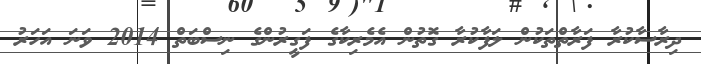
ދިރާސާކުރާ ފަރާތްތަކުން ލަފާކުރާ ގޮތުން އެމެރިކާގެ ފަގީރުންގެ ނިސްބަތް 2014 ވަނަ އަހަރު